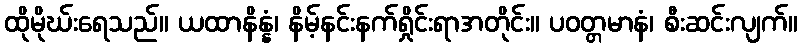
ထိုမိုဃ်းရေသည်။ ယထာနိန္နံ၊ နိမ့်နင်းနက်ရှိုင်းရာအတိုင်း။ ပဝတ္တမာနံ၊ စီးဆင်းလျက်။